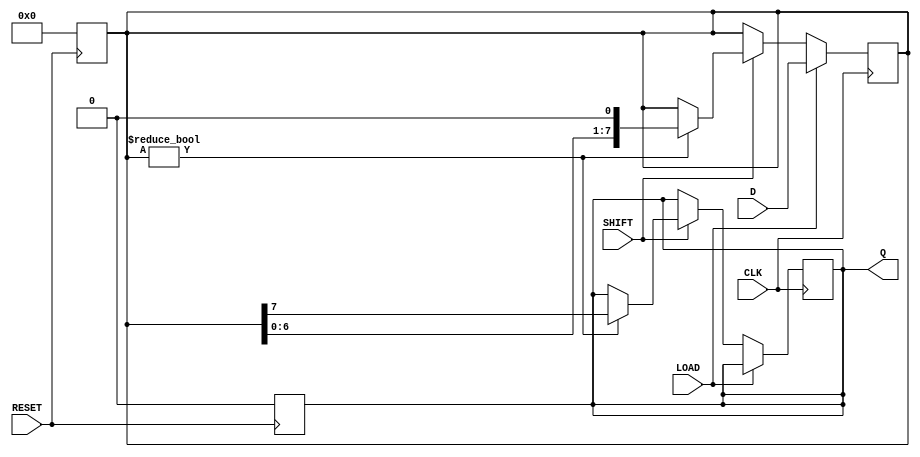
module PISO_Register #(
    parameter WIDTH = 8  // Number of bits in the register
)(
    input wire [WIDTH-1:0] D,      // Parallel data input
    input wire LOAD,                // Load control signal
    input wire SHIFT,               // Shift control signal
    input wire CLK,                 // Clock signal
    input wire RESET,               // Asynchronous reset
    output reg Q                   // Serial output
);

    reg [WIDTH-1:0] shift_reg;      // Shift register array

    // Asynchronous reset
    always @(posedge RESET) begin
        shift_reg <= 0;              // Clear the shift register
        Q <= 1'b0;                   // Reset serial output
    end

    // Process for loading and shifting
    always @(posedge CLK) begin
        if (LOAD) begin
            // Load data into the shift register
            shift_reg <= D;          // Capture parallel data
        end else if (SHIFT) begin
            // Shift data out serially
            if (shift_reg != 0) begin // If there is data to shift
                Q <= shift_reg[WIDTH-1]; // Output the MSB
                shift_reg <= {shift_reg[WIDTH-2:0], 1'b0}; // Shift left
            end
        end
    end
endmodule